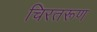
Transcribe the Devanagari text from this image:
चिरतरूण